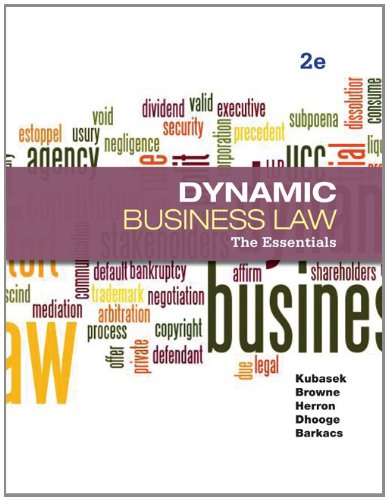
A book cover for Dynamic Business Law: The Essentials; Nancy Kubasek; Law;